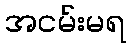
အငမ်းမရ